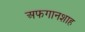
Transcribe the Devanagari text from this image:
अफगानशाह